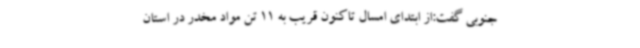
جنوبی گفت:از ابتدای امسال تاکنون قریب به 11 تن مواد مخدر در استان